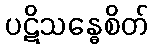
ပဋိသန္ဓေစိတ်